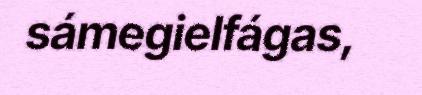
sámegielfágas,